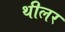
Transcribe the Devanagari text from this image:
थीलर